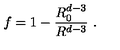
f = 1 - \frac { R _ { 0 } ^ { d - 3 } } { R ^ { d - 3 } } \ .